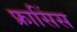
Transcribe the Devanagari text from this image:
फ्रासिंस